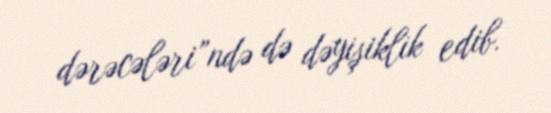
dərəcələri”ndə də dəyişiklik edib.